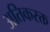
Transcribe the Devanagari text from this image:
अतिकरक्त